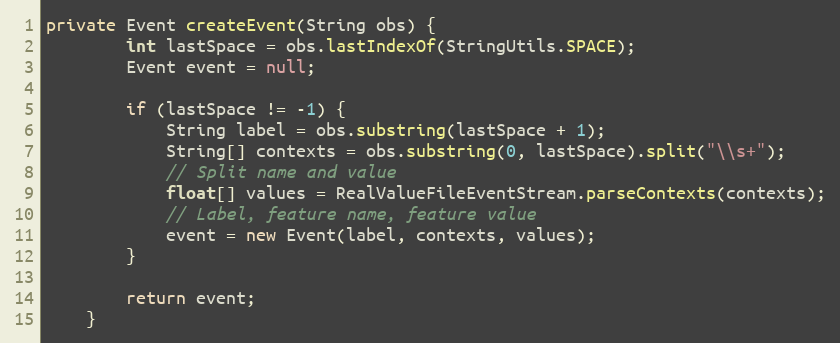
Language: Java
private Event createEvent(String obs) {
        int lastSpace = obs.lastIndexOf(StringUtils.SPACE);
        Event event = null;

        if (lastSpace != -1) {
            String label = obs.substring(lastSpace + 1);
            String[] contexts = obs.substring(0, lastSpace).split("\\s+");
            // Split name and value
            float[] values = RealValueFileEventStream.parseContexts(contexts);
            // Label, feature name, feature value
            event = new Event(label, contexts, values);
        }

        return event;
    }